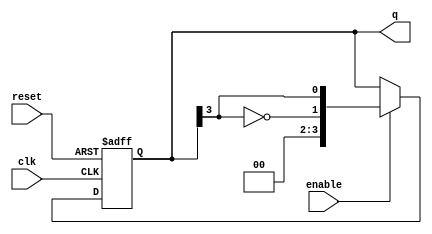
module johnson_counter (
    input clk,               // Clock input
    input reset,             // Asynchronous reset
    input enable,            // Enable signal
    output reg [n-1:0] q     // Output of the counter
);
    parameter n = 4; // Number of flip-flops, can be changed as needed

    always @(posedge clk or posedge reset) begin
        if (reset) begin
            q <= 0; // Reset counter to 0
        end else if (enable) begin
            // Shift the counter state and feed back the inverted last flip-flop
            q <= {~q[n-1], q[n-1:n-1]}; // Shift operation for Johnson counter
        end
    end
endmodule